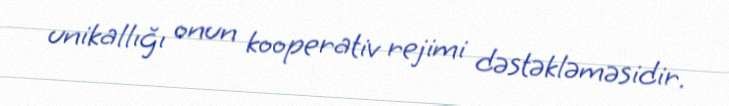
unikallığı onun kooperativ rejimi dəstəkləməsidir.